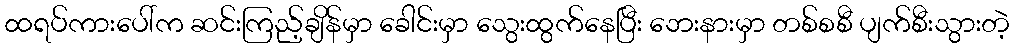
ထရပ်ကားပေါ်က ဆင်းကြည့်ချိန်မှာ ခေါင်းမှာ သွေးထွက်နေပြီး ဘေးနားမှာ တစ်စစီ ပျက်စီးသွားတဲ့